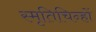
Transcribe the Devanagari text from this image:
स्मृतिचिन्हों